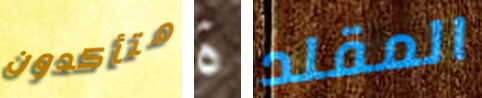
متأكدون ة المقلد